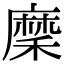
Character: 穈